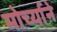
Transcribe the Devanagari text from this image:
मोर्च्याने